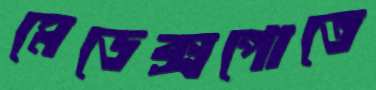
মেডেক্সপোতে